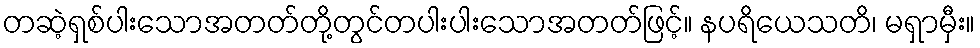
တဆဲ့ရှစ်ပါးသောအတတ်တို့တွင်တပါးပါးသောအတတ်ဖြင့်။ နပရိယေသတိ၊ မရှာမှီး။